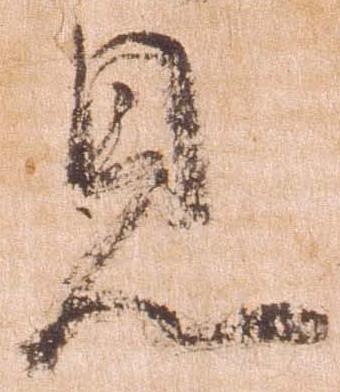
見